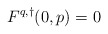
\begin{align*}F^{q,\dagger}(0,p) = 0\end{align*}